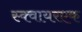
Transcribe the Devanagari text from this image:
स्क्वायरएक